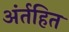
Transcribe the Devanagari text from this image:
अंर्तहित